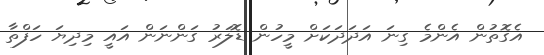
އެގޮތުން އެންމެ ގިނަ އަދަދަކަށް މީހުން ޑޮލަރު ގަންނަން އައީ މިދިޔަ ހަފްތާ